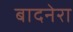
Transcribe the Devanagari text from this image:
बादनेरा